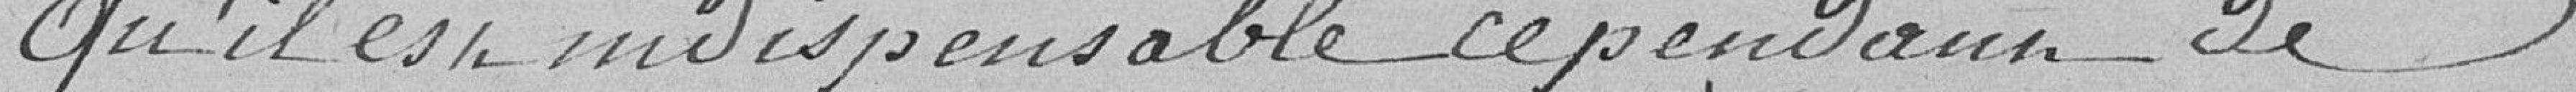
Qu'l est indispensable cependant de